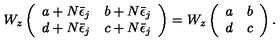
W _ { z } \left( \begin{array} { c c } { a + N \bar { \epsilon } _ { j } } & { b + N \bar { \epsilon } _ { j } } \\ { d + N \bar { \epsilon } _ { j } } & { c + N \bar { \epsilon } _ { j } } \\ \end{array} \right) = W _ { z } \left( \begin{array} { c c } { a } & { b } \\ { d } & { c } \\ \end{array} \right) .